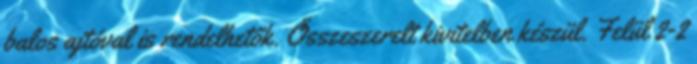
balos ajtóval is rendelhetők. Összeszerelt kivitelben készül. Felül 2-2